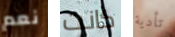
نعم كانت تأدية